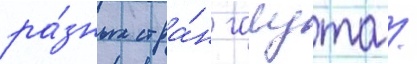
ра́зных стра́н галута /